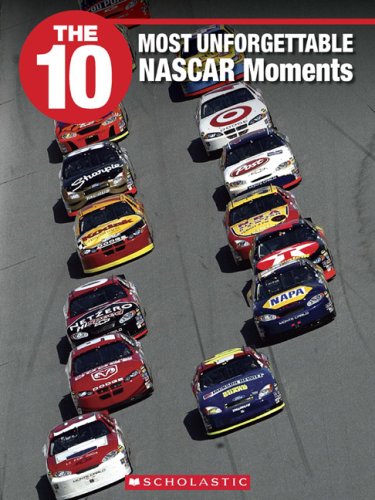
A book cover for The 10 Most Unforgettable NASCAR Moments (10 (Franklin Watts)); Glen Downey; Teen & Young Adult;